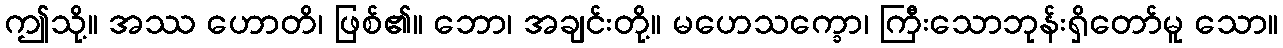
ဤသို့။ အဿ ဟောတိ၊ ဖြစ်၏။ ဘော၊ အချင်းတို့။ မဟေသက္ခော၊ ကြီးသောဘုန်းရှိတော်မူ သော။